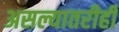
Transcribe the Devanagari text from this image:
असल्यातरीही